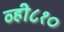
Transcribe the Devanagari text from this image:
व्ही८१०